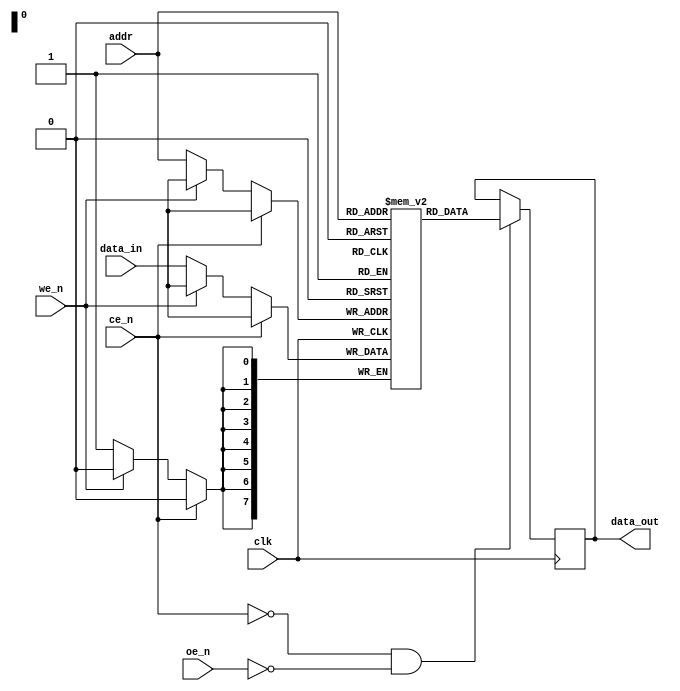
module SyncSRAM #(
    parameter DATA_WIDTH = 8,     // Configurable data width (e.g., 8, 16, 32)
    parameter DEPTH = 256          // Configurable depth (number of addresses)
)(
    input wire clk,                // Clock input
    input wire ce_n,               // Chip Enable (active low)
    input wire oe_n,               // Output Enable (active low)
    input wire we_n,               // Write Enable (active low)
    input wire [clog2(DEPTH)-1:0] addr, // Address input
    input wire [DATA_WIDTH-1:0] data_in, // Data input
    output reg [DATA_WIDTH-1:0] data_out  // Data output
);

// Memory Array
reg [DATA_WIDTH-1:0] memory [0:DEPTH-1];

// Addressing Logic
integer i;

// Read and Write Operations
always @(posedge clk) begin
    if (!ce_n) begin // Chip Enable active
        if (!we_n) begin // Write operation
            memory[addr] <= data_in; // Write data to memory
        end
    end
end

always @(posedge clk) begin
    if (!ce_n && !oe_n) begin // Chip Enable and Output Enable active
        data_out <= memory[addr]; // Read data from memory
    end
end

// Function to calculate log2 for address width
function integer clog2;
    input integer value;
    begin
        value = value - 1;
        for (clog2 = 0; value > 0; clog2 = clog2 + 1)
            value = value >> 1;
    end
endfunction

endmodule